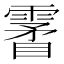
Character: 𩄯